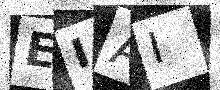
Text: EIAI